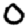
Digit: 0